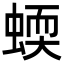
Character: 蝡